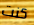
كنت